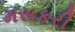
મસકરી